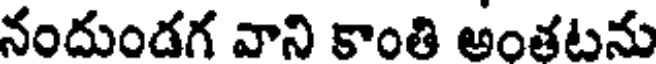
నందుండగ వాని కాంతి అంతటను